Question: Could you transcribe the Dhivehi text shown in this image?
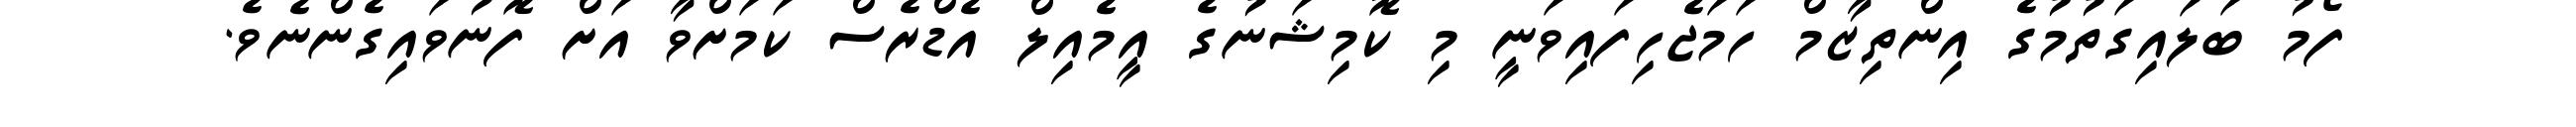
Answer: ފޯމު ބަލައިގަތުމުގެ އިންތިޒާމް ހަމަޖެހިފައިވަނީ މި ކޮމިޝަނުގެ އީމެއިލް އެޑްރެސް ކަމަށްވާ އަށް ފޮނުވައިގެންނެވެ.